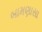
બામણાસા